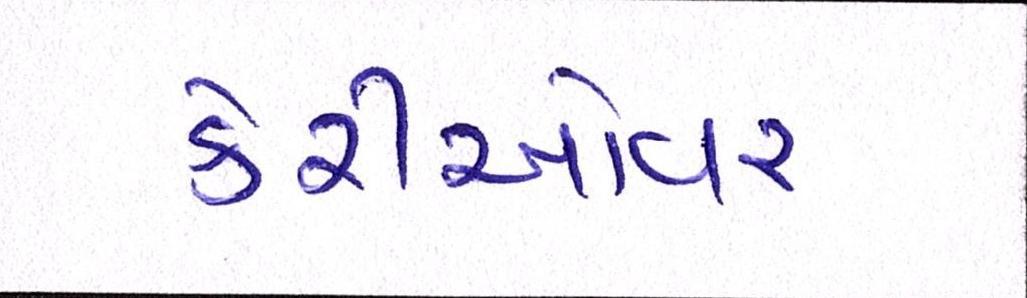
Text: કેરીઓવર